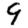
Digit: 9